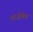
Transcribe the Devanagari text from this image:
गरजेचेच